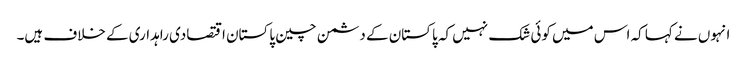
انہوں نے کہا کہ اس میں کوئی شک نہیں کہ پاکستان کے دشمن چین پاکستان اقتصادی راہداری کے خلاف ہیں۔